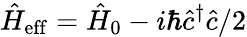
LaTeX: \hat{H}_{\mathrm{eff}}=\hat{H}_{0}-i\hbar\hat{c}^{\dagger}\hat{c}/2